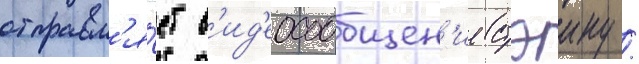
отправл'я́ет в'ид'еосообщен'ие стэину /